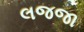
લજજા